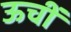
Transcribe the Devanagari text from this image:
ऊचीं